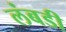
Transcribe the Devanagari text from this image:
लंबडी